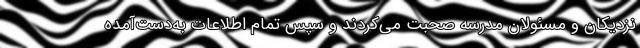
نزدیکان و مسئولان مدرسه صحبت می‌کردند و سپس تمام اطلاعات به‌دست‌آمده